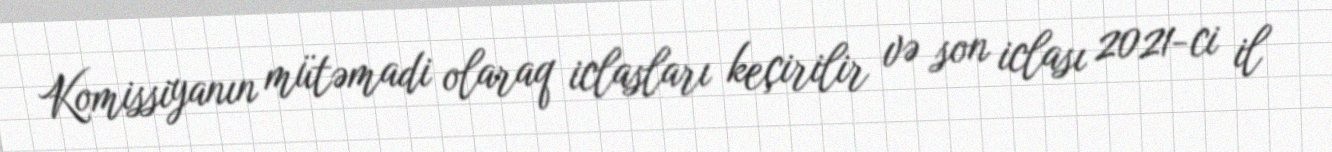
Komissiyanın mütəmadi olaraq iclasları keçirilir və son iclası 2021-ci il